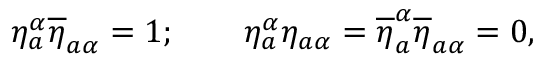
\eta _ { a } ^ { \alpha } \overline { { { \eta } } } _ { a \alpha } = 1 ; \qquad \eta _ { a } ^ { \alpha } { \eta } _ { a \alpha } = \overline { { { \eta } } } _ { a } ^ { \alpha } \overline { { { \eta } } } _ { a \alpha } = 0 ,